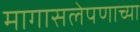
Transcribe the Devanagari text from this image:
मागासलेपणाच्या